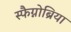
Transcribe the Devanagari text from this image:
स्फैग्नोब्रिया